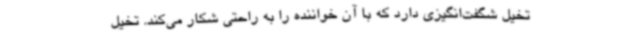
تخیل شگفت‌انگیزی دارد که با آن خواننده را به راحتی شکار می‌کند. تخیل